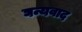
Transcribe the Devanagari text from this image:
घन्यवाद